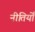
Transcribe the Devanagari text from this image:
नीतियोँ